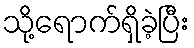
သို့ရောက်ရှိခဲ့ပြီး